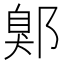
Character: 鄓